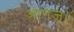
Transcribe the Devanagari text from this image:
आगज्।